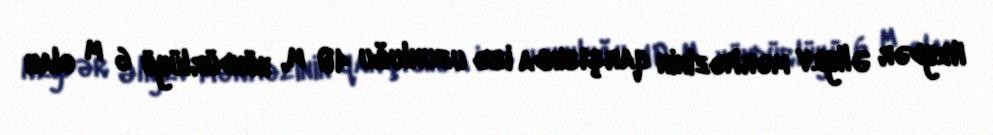
Heydər Əliyev mərkəzinin qarşısında isə uzunluğu 40 m, hündürlüyü 6 m olan